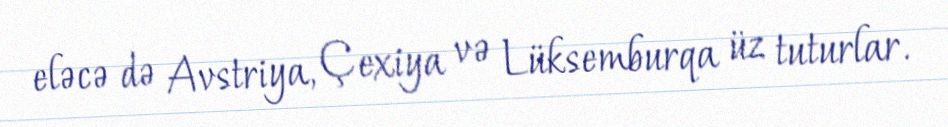
eləcə də Avstriya, Çexiya və Lüksemburqa üz tuturlar.